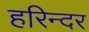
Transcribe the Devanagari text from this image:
हरिन्दर